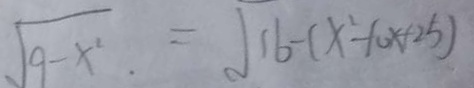
\sqrt { 9 - x ^ { 2 } } = \sqrt { 1 6 - ( x ^ { 2 } - 1 0 x + 2 5 ) }